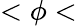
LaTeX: <\phi<